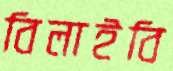
বিলাইবি